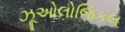
ઝૂઓલોજિકલ